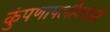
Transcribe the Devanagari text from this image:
कुंपणापलीकडले